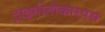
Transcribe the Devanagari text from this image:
ट्राइगोनोकारपस